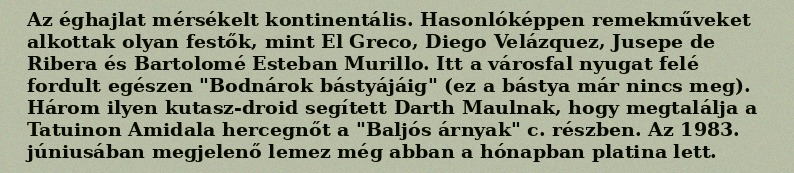
Az éghajlat mérsékelt kontinentális. Hasonlóképpen remekműveket alkottak olyan festők, mint El Greco, Diego Velázquez, Jusepe de Ribera és Bartolomé Esteban Murillo. Itt a városfal nyugat felé fordult egészen "Bodnárok bástyájáig" (ez a bástya már nincs meg). Három ilyen kutasz-droid segített Darth Maulnak, hogy megtalálja a Tatuinon Amidala hercegnőt a "Baljós árnyak" c. részben. Az 1983. júniusában megjelenő lemez még abban a hónapban platina lett.